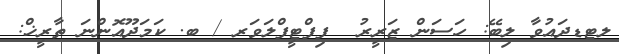
ލޓޑދައުވާ ލިބޭ: ހަސަން ޒަރީރު  ފިފްޓީފްލަވަރ / ބ. ކަމަދޫއޮންނަ ތާރީޚް: